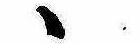
ゝ